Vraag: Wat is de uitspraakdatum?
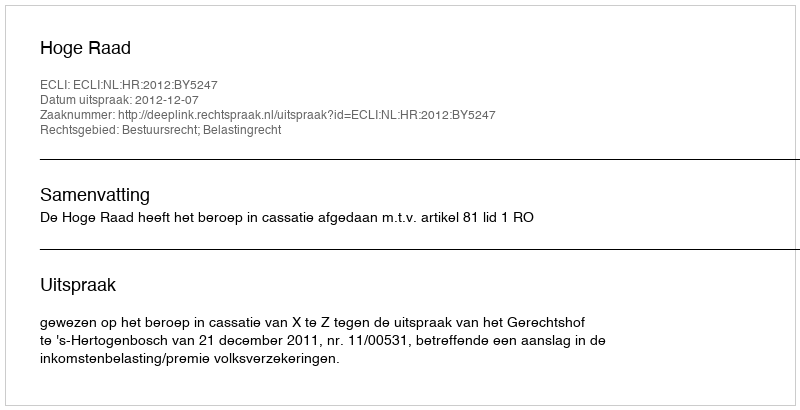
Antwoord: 2012-12-07